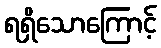
ရရှိသောကြောင့်